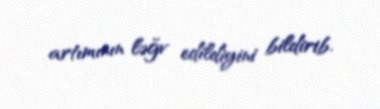
artımının ləğv edildiyini bildirib.